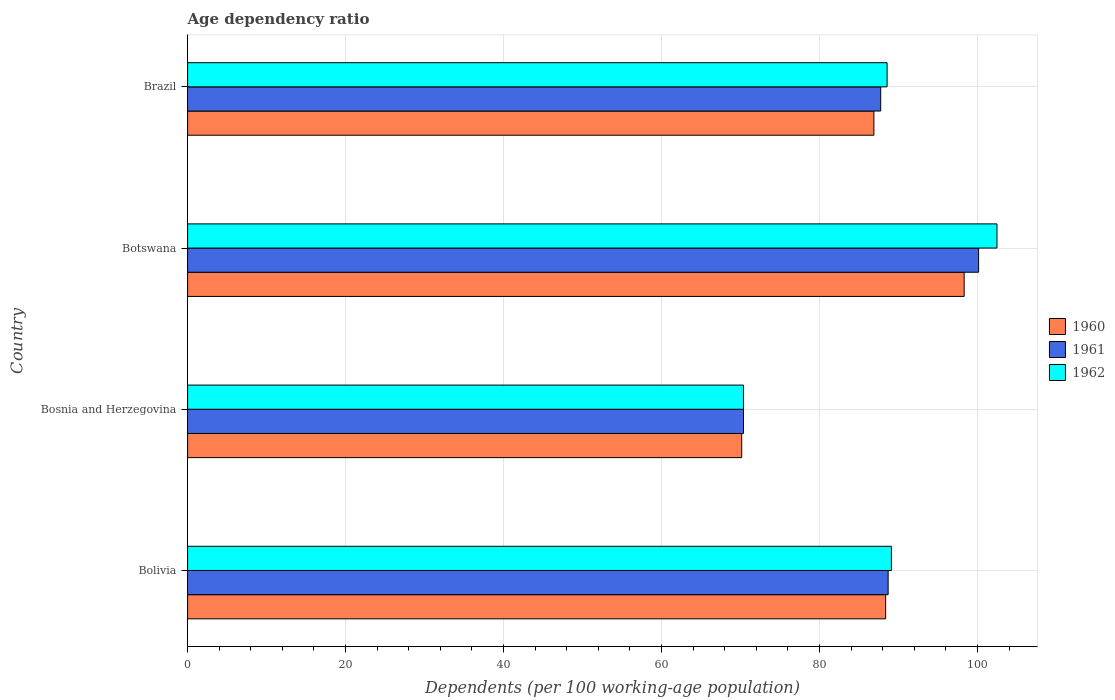
| Country | 1960 | 1961 | 1962 |
 | --- | --- | --- | --- |
 | Bolivia | 88.4 | 88.7 | 89.1 |
 | Bosnia and Herzegovina | 70.2 | 70.4 | 70.4 |
 | Botswana | 98.3 | 100 | 102 |
 | Brazil | 86.9 | 87.8 | 88.6 |